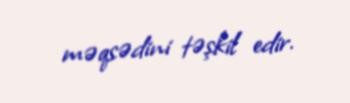
məqsədini təşkil edir.